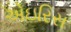
એઇરિસ